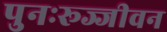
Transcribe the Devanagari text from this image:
पुनःरूज्जीवन